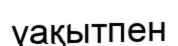
уақытпен